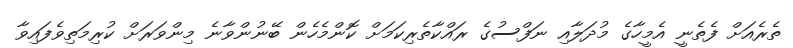
ތެރެއަށް ފެތެނީ އެމީހާގެ މުދަލާއި ނަފްސުގެ ރައްކާތެރިކަމަށް ކޮންމެހެން ބޭނުންވާނެ މިންވަރަށް ކުރިމަތިވެފައިވާ